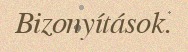
Bizonyítások.